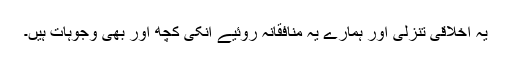
یہ اخلاقی تنزلی اور ہمارے یہ منافقانہ روئیے انکی کچھ اور بھی وجوہات ہیں۔